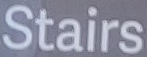
Stairs